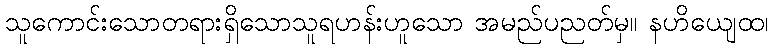
သူကောင်းသောတရားရှိသောသူရဟန်းဟူသော အမည်ပညတ်မှ။ နဟိယျေထ၊